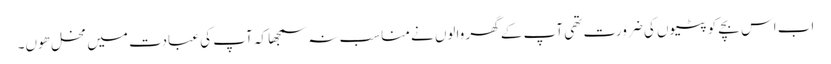
اب اس بچے کو پٹیوں کی ضرورت تھی آپ کے گھر والوں نے مناسب نہ سمجھا کہ آپ کی عبادت میں مخل ھوں۔